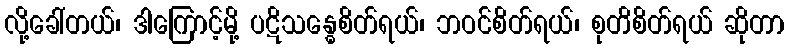
လို့ခေါ်တယ်၊ ဒါကြောင့်မို့ ပဋိသန္ဓေစိတ်ရယ်၊ ဘဝင်စိတ်ရယ်၊ စုတိစိတ်ရယ် ဆိုတာ